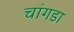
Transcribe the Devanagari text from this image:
चांगडा